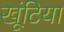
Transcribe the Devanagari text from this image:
खूंटिया